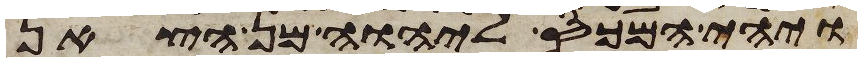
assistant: ויהי המכס ליהוה מן הצאן